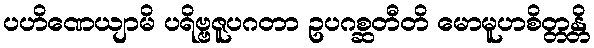
ပဟိဏေယျာမိ ပရိဗ္ဗဇူပဂတာ ဥပဂစ္ဆတီတိ မောမူဟစိတ္တန္တိ